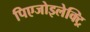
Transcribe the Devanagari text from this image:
पिएजोइलेक्ट्रि